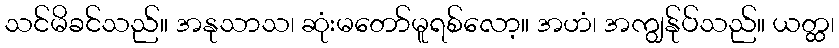
သင်မိခင်သည်။ အနုသာသ၊ ဆုံးမတော်မူရစ်လော့။ အဟံ၊ အကျွန်ုပ်သည်။ ယတ္ထ၊